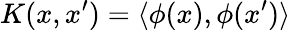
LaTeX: K(x,x^{\prime})=\langle\phi(x),\phi(x^{\prime})\rangle